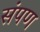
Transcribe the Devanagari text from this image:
संपण